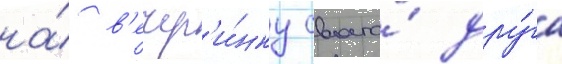
на́ в'ечер'и́нку своего́ дру́га